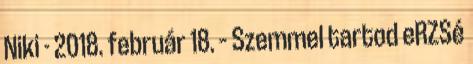
Niki - 2018. február 18. – Szemmel tartod eRZSé